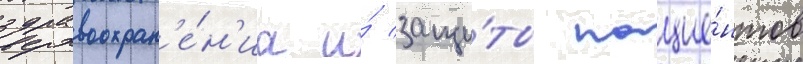
здравоохран'е́н'иа и́ защи́ты пацие́нтов